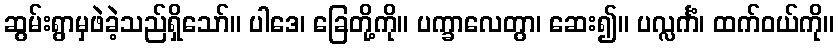
ဆွမ်းရွာမှဖဲခဲ့သည်ရှိသော်။ ပါဒေ၊ ခြေတို့ကို။ ပက္ခာလေတွာ၊ ဆေး၍။ ပလ္လင်္ကံ၊ ထက်ဝယ်ကို။